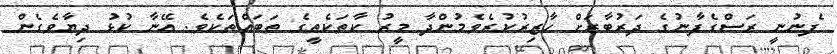
ފެނުނީ ރަސްގެފާނުގެ ދަރުބާރަށް ހާޒިރުކުރެވެމުންދާ މީރު ކާތަކެތީގެ ތަބައްތަކެވެ. އޭނާ ކުޅު ދިޔާވެގެން